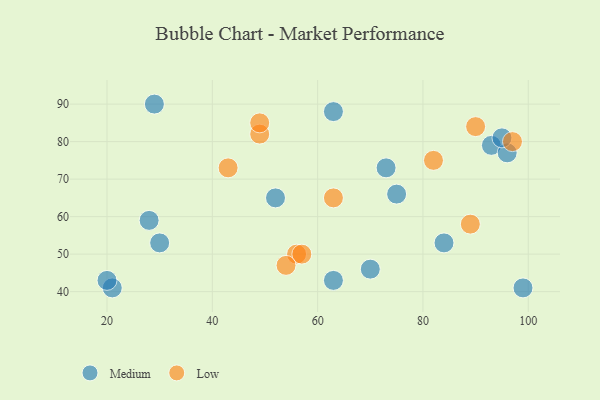
{"axis": {"x": "GDP", "y": "Life Expectancy"}, "legend": ["Low", "Medium"], "data": [{"x": "70", "y": 46, "type": "Medium"}, {"x": "21", "y": 41, "type": "Medium"}, {"x": "73", "y": 73, "type": "Medium"}, {"x": "29", "y": 90, "type": "Medium"}, {"x": "63", "y": 43, "type": "Medium"}, {"x": "30", "y": 53, "type": "Medium"}, {"x": "20", "y": 43, "type": "Medium"}, {"x": "84", "y": 53, "type": "Medium"}, {"x": "99", "y": 41, "type": "Medium"}, {"x": "93", "y": 79, "type": "Medium"}, {"x": "28", "y": 59, "type": "Medium"}, {"x": "96", "y": 77, "type": "Medium"}, {"x": "63", "y": 88, "type": "Medium"}, {"x": "95", "y": 81, "type": "Medium"}, {"x": "52", "y": 65, "type": "Medium"}, {"x": "75", "y": 66, "type": "Medium"}, {"x": "49", "y": 82, "type": "Low"}, {"x": "97", "y": 80, "type": "Low"}, {"x": "43", "y": 73, "type": "Low"}, {"x": "89", "y": 58, "type": "Low"}, {"x": "56", "y": 50, "type": "Low"}, {"x": "90", "y": 84, "type": "Low"}, {"x": "63", "y": 65, "type": "Low"}, {"x": "82", "y": 75, "type": "Low"}, {"x": "57", "y": 50, "type": "Low"}, {"x": "54", "y": 47, "type": "Low"}, {"x": "49", "y": 85, "type": "Low"}]}